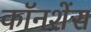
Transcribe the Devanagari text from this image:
कॉनशेंस